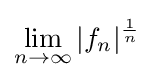
\lim _{n\to \infty }|f_{n}|^{\frac {1}{n}}